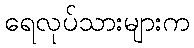
ရေလုပ်သားများက